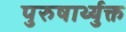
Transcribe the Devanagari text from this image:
पुरुषार्थ्युक्त